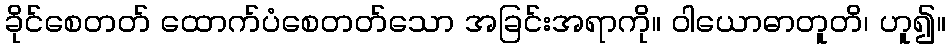
ခိုင်စေတတ် ထောက်ပံစေတတ်သော အခြင်းအရာကို။ ဝါယောဓာတူတိ၊ ဟူ၍။